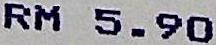
RM 5.90